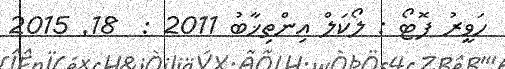
ހަވީރު ފޮޓޯ : ލޯކަލް އިންތިޚާބު 2011 :  18